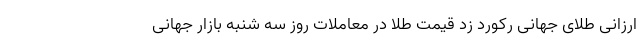
ارزانی طلای جهانی رکورد زد قیمت طلا در معاملات روز سه شنبه بازار جهانی